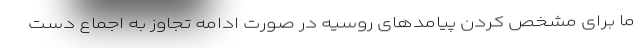
ما برای مشخص کردن پیامد‌های روسیه در صورت ادامه تجاوز به اجماع دست